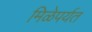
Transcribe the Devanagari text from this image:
मिळेपर्यत